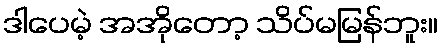
ဒါပေမဲ့ အအိုတော့ သိပ်မမြန်ဘူး။